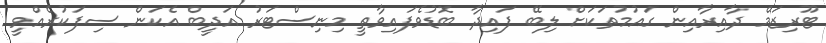
ޓޫރިޒަމް ދާއިރާއިން ގައުމުތަކަށް ލިބޭ ފައިދާ ބޮޑުވެފައިވާތީ މިނިސްޓަރު އަދީބް އެކަން ސިފަކުރެއްވީ